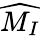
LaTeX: \widehat{M_{I}}